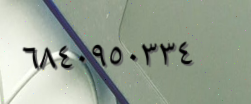
٦٨٤٠٩٥٠٣٣٤